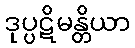
ဒုပ္ပဋိမန္တိယာ